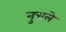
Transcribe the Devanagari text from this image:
नुचले